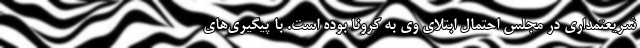
شریعتمداری در مجلس احتمال ابتلای وی به کرونا بوده است. با پیگیری‌های